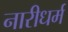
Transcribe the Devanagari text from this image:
नारीधर्म